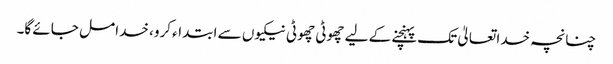
چنانچہ خدا تعالیٰ تک پہنچنے کے لیے چھوٹی چھوٹی نیکیوں سے ابتداء کرو، خدا مل جائے گا۔